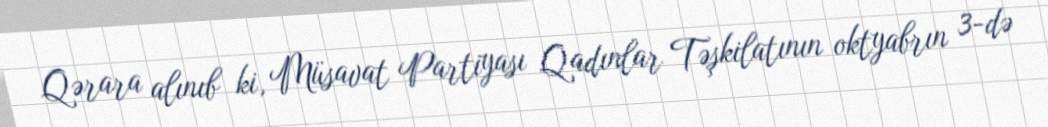
Qərara alınıb ki, Müsavat Partiyası Qadınlar Təşkilatının oktyabrın 3-də